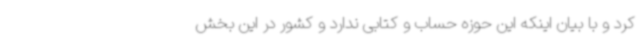
کرد و با بیان اینکه این حوزه حساب و کتابی ندارد و کشور در این بخش